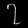
Digit: ၇